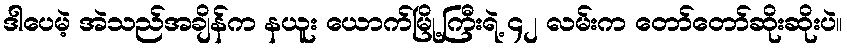
ဒါပေမဲ့ အဲသည်အချိန်က နယူး ယောက်မြို့ကြီးရဲ့ ၄၂ လမ်းက တော်တော်ဆိုးဆိုးပဲ။